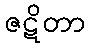
ဇဋိတာ